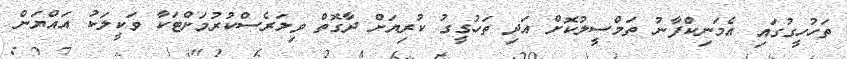
ތަހުހީގުގައި އެމަނިކްފާނު ތަމްސީލުކޮށް އަދި ތަހުގީގު ކުރިޔަށް ދާގޮތް ވިލަރެސްކުރުމަށްޓަކާ ވަކީލަކު އައްޔަން